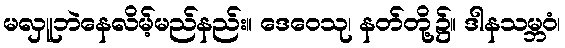
မလှူဘဲနေလိမ့်မည်နည်း။ ဒေဝေသု၊ နတ်တို့၌။ ဒါနသမ္ဘဝံ၊